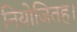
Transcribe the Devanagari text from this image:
नियोजितह।